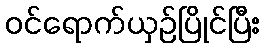
ဝင်ရောက်ယှဉ်ပြိုင်ပြီး